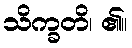
သိက္ခတိ၊ ၏။